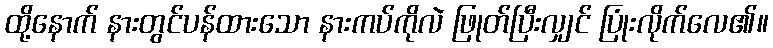
ထို့နောက် နားတွင်ပန်ထားသော နားကပ်ကိုလဲ ဖြုတ်ပြီးလျှင် ပြုံးလိုက်လေ၏။